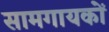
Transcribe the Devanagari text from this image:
सामगायकों